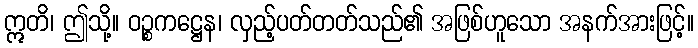
ဣတိ၊ ဤသို့။ ဝဉ္စကဋ္ဌေန၊ လှည့်ပတ်တတ်သည်၏ အဖြစ်ဟူသော အနက်အားဖြင့်။